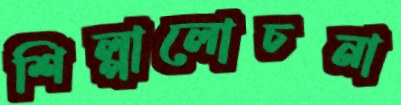
শিল্পালোচনা